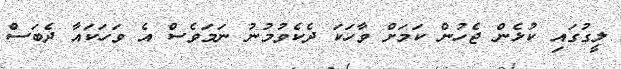
ލީގުގައި ކުޅެން ޖެހުން ކަމަށް ވާހަކަ ދެކެވުމުނު ނަމަވެސް އެ ވަހަކައާ ދެބަސް